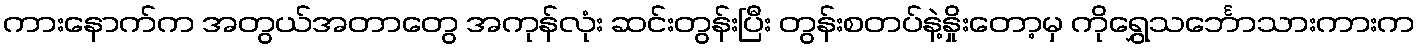
ကားနောက်က အတွယ်အတာတွေ အကုန်လုံး ဆင်းတွန်းပြီး တွန်းစတပ်နဲ့နှိုးတော့မှ ကိုရွှေသင်္ဘောသားကားက